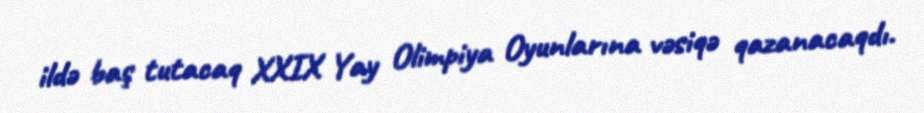
ildə baş tutacaq XXIX Yay Olimpiya Oyunlarına vəsiqə qazanacaqdı.